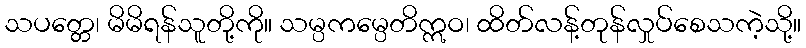
သပတ္တေ၊ မိမိရန်သူတို့ကို။ သမ္ပကမ္ပေတိဣဝ၊ ထိတ်လန့်တုန်လှုပ်စေသကဲ့သို့။